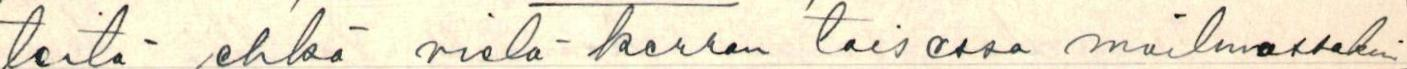
teitä ,ehkä vielä kerran toisessa mailmassakin